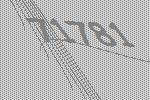
71781